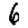
Digit: 6